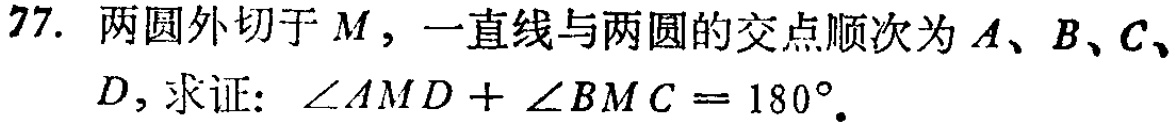
77. 两圆外切于\(M\)，一直线与两圆的交点顺次为\(A\)、\(B\)、\(C\)、\(D\)，求证：\(\angle AMD + \angle BMC = 180^{\circ}\)。